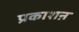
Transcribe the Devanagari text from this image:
प्रकाशऩ